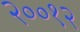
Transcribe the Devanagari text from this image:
२००१२